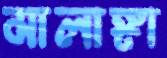
মালাঙ্গা